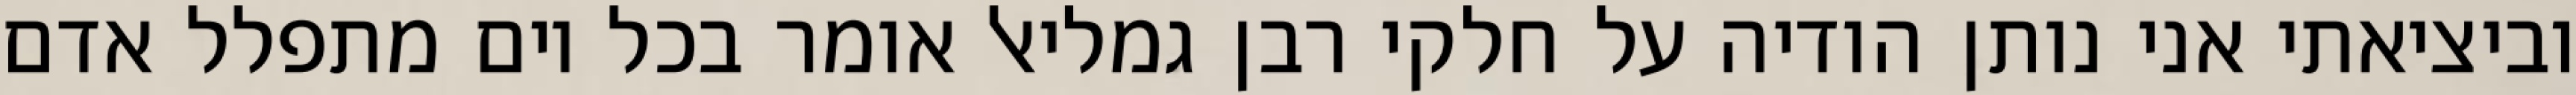
וביציאתי אני נותן הודיה על חלקי רבן גמליאל אומר בכל יום מתפלל אדם